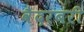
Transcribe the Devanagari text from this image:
वैदरबरी